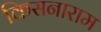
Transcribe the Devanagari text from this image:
किसनाराम